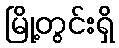
မြို့တွင်းရှိ